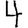
Digit: 4